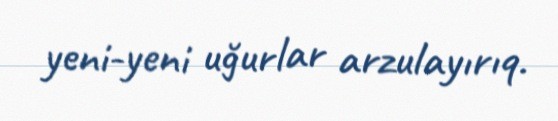
yeni-yeni uğurlar arzulayırıq.